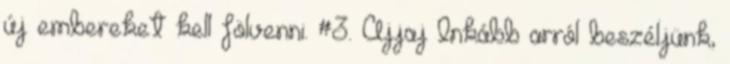
új embereket kell fölvenni. #3. Ajjaj Inkább arról beszéljünk,